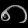
Digit: ၈